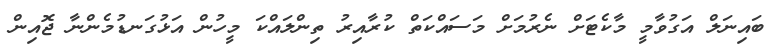
ބައިނަލް އަގުވާމީ މާކެޓަށް ނެރުމަށް މަސައްކަތް ކުރާއިރު ތިންލައްކަ މީހުން އަޅުގަނޑުމެންނާ ޖޮއިން